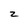
Character: z